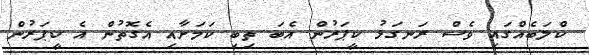
ކްލަބެއްގައި ވެސް ރަނގަޅު ކީޕަރުން އެބަ ތިބި ކަމަށާއި އެގޮތުން އެ ކީޕަރުން